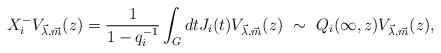
LaTeX: \begin{align*}X^-_i V_{\vec{\lambda},\vec{ m}}(z) = \frac{1}{1-q^{-1}_i}\int_{G} dtJ_i(t) V_{\vec{\lambda},\vec{ m}}(z)~\sim~Q_i(\infty,z) V_{\vec{\lambda},\vec{ m}}(z),\end{align*}